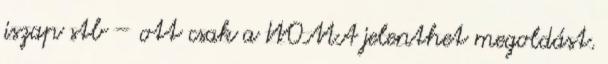
iszap stb – ott csak a WOMA jelenthet megoldást.